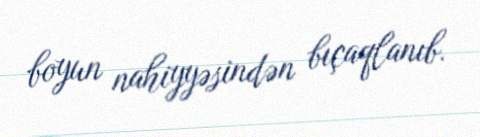
boyun nahiyyəsindən bıçaqlanıb.